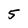
Character: 5